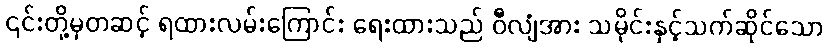
၎င်းတို့မှတဆင့် ရထားလမ်းကြောင်း ရေးထားသည် ဝီလျံအား သမိုင်းနှင့်သက်ဆိုင်သော